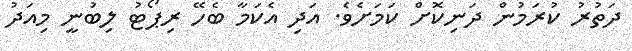
ދަތުރު ކުރަމުން ދަނިކޮށް ކަމަށެވެ. އަދި އެކަމާ ބެހޭ ރިޕޯޓު ލިބުނީ މިއަދު